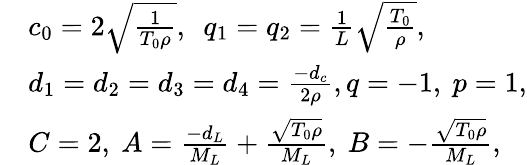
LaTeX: \begin{array}{rl}&{c_{0}=2\sqrt{\frac{1}{T_{0}\rho}},~~{q_{1}}=q_{2}=\frac{1}{L}\sqrt{\frac{T_{0}}{\rho}},}\\ &{d_{1}=d_{2}=d_{3}=d_{4}=\frac{{{-d_{c}}}}{2\rho},q=-1,~p=1,}\\ &{C=2,~{A}=\frac{-d_{L}}{M_{L}}+\frac{\sqrt{T_{0}\rho}}{M_{L}},~{B}=-\frac{\sqrt{{T_{0}}\rho}}{M_{L}},}\end{array}